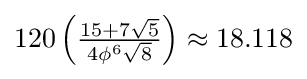
120\left({\tfrac {15+7{\sqrt {5}}}{4\phi ^{6}{\sqrt {8}}}}\right)\approx 18.118